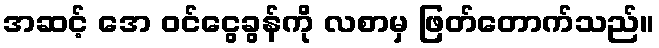
အဆင့် အေ ဝင်ငွေခွန်ကို လစာမှ ဖြတ်တောက်သည်။